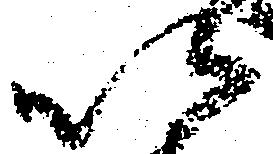
以